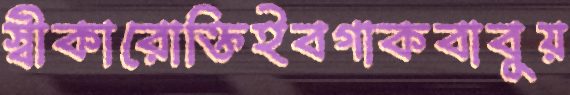
স্বীকারোক্তিইবগাকবাবুয়